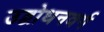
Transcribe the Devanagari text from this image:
उद्बोधनवर्ग